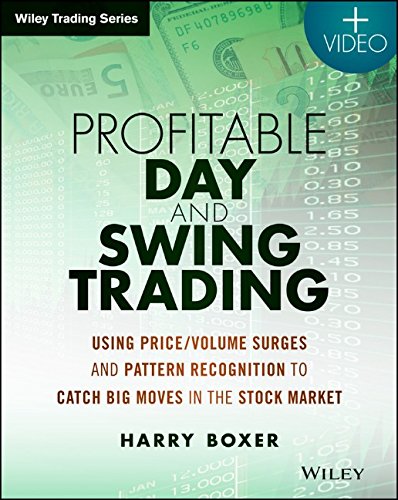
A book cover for Profitable Day and Swing Trading, + Website: Using Price / Volume Surges and Pattern Recognition to Catch Big Moves in the Stock Market (Wiley Trading); Harry Boxer; Business & Money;